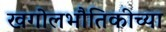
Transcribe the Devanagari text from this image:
खगोलभौतिकीच्या